Vaccination in Bombay 1924-1928 - 1924-1928
Year: 1924
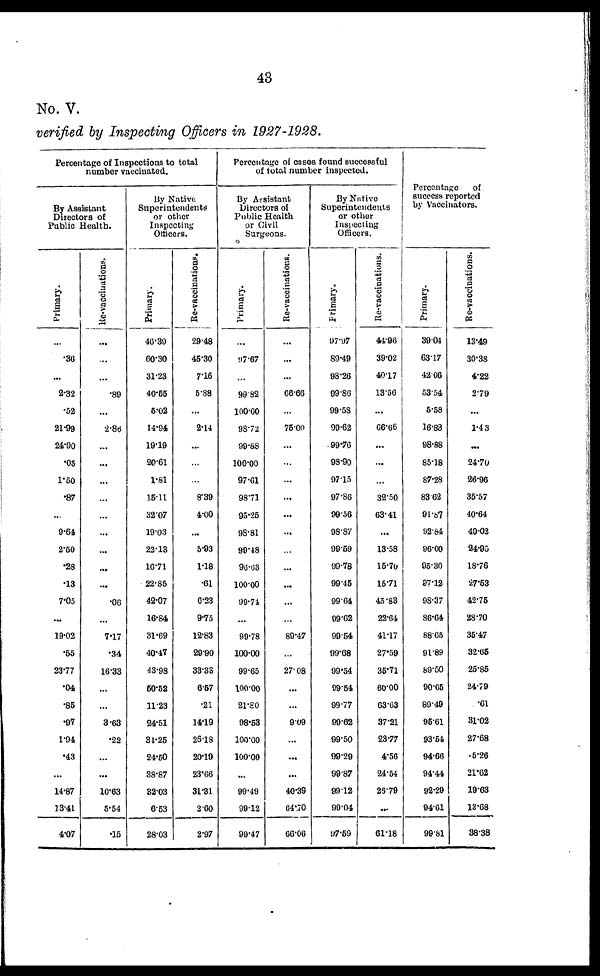
43
No. V.
verified by Inspecting Officers in 1927-1928.
Percentage of Inspections to total
number vaccinated.
By Assistant
Directors of
Public Health.
Primary.
...
.36
...
2.32
.52
21.99
24.90
.05
1.50
.87
...
9.64
2.50
.28
.13
7.05
...
19.02
.55
23.77
.04
.85
.97
1.94
.43
...
14.87
13.41
4.07
Re-vaccinations.
...
...
...
.89
...
2.86
...
...
...
...
...
...
...
...
...
.06
...
7.17
.34
16.33
...
...
3.63
.22
...
...
10.63
5.54
.15
By Native
Superintendents
or other
Inspecting
Officers.
Primary.
46.39
60.30
31.23
40.65
5.02
14.94
19.19
20.61
1.81
15.11
32.07
19.03
22.13
16.71
22.85
42.07
16.84
31.69
40.47
43.98
50.52
11.23
24.51
34.25
24.50
38.87
32.03
6.53
28.03
Re-vaccinations.
29.48
45.30
7.16
5.88
...
2.14
...
...
...
8.39
4.00
...
5.93
1.18
.61
6.23
9.75
12.83
29.90
33.38
6.57
.21
14.19
26.18
20.19
23.66
31.31
2.60
2.97
Percentage of cases found successful
of total number inspected.
By Assistant
Directors of
Public Health
or Civil
Surgeons.
Primary.
...
97.67
...
99.82
100.00
98.72
99.88
100.00
97.61
98.71
95.25
98.81
99.48
96.63
100.00
99.74
...
99.78
100.00
99.65
100.00
21.80
98.53
100.00
100.00
...
99.49
99.12
99.47
Re-vaccinations.
...
...
...
66.66
...
76.00
...
...
...
...
...
...
...
...
...
...
...
89.47
...
27.08
...
...
9.09
...
...
...
40.39
64.70
66.06
By Native
Superintendents
or other
Inspecting
Officers.
Primary.
97.97
89.49
98.26
99.86
99.58
99.62
99.76
98.90
97.15
97.86
99.56
98.87
99.59
99.78
99.45
99.64
99.62
99.54
99.68
99.54
99.54
99.77
99.62
99.50
99.29
99.87
99.12
99.04
97.59
Re-vaccinations.
44.96
39.02
40.17
13.56
...
66.66
...
...
...
32.50
63.41
...
13.58
15.70
15.71
45.83
22.64
41.17
27.59
35.7l
60.00
63.63
37.21
23.77
4.56
24.54
26.79
...
61.18
Percentage of
success reported
by Vaccinators.
Primary.
39.04
63.17
42.06
53.54
5.58
16.83
98.88
85.18
87.28
83.62
91.87
92.84
96.00
95.30
97.12
98.37
86.64
88.65
91.89
89.50
90.65
89.49
96.61
93.54
94.66
94.44
92.29
94.61
99.81
Re-vaccinations.
13.49
30.38
4.22
2.79
...
1.43
...
24.70
26.96
35.57
40.64
49.02
24.95
18.76
27.53
42.75
28.70
35.47
32.65
26.85
24.79
.61
31.02
27.68
5.26
21.62
19.68
13.68
38.38